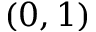
( 0 , 1 )